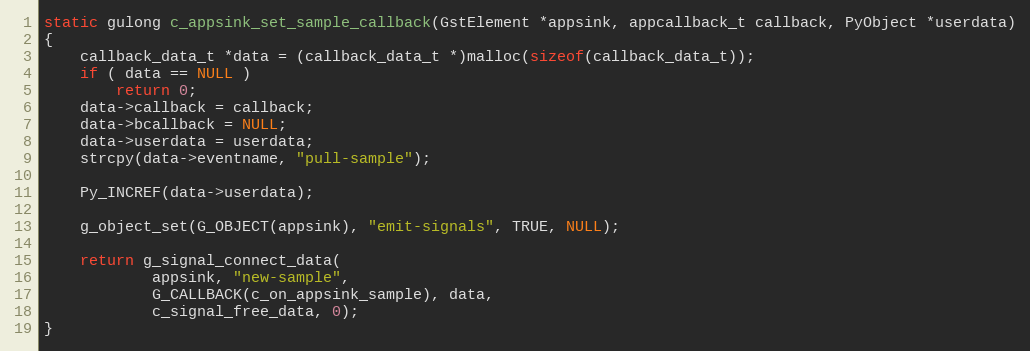
Language: C
static gulong c_appsink_set_sample_callback(GstElement *appsink, appcallback_t callback, PyObject *userdata)
{
	callback_data_t *data = (callback_data_t *)malloc(sizeof(callback_data_t));
	if ( data == NULL )
		return 0;
	data->callback = callback;
	data->bcallback = NULL;
	data->userdata = userdata;
	strcpy(data->eventname, "pull-sample");

	Py_INCREF(data->userdata);

    g_object_set(G_OBJECT(appsink), "emit-signals", TRUE, NULL);

	return g_signal_connect_data(
			appsink, "new-sample",
			G_CALLBACK(c_on_appsink_sample), data,
			c_signal_free_data, 0);
}